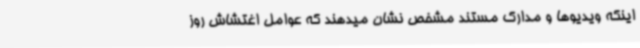
اینکه ویدیوها و مدارک مستند مشخص نشان میدهند که عوامل اغتشاش روز